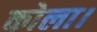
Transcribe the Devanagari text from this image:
कोला।